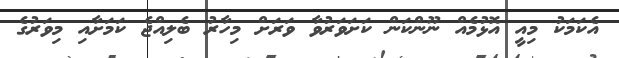
އެކަމަކު މިއީ އޮޅުމެއް ނޫންކަން ކަށަވަރުވާ ވަރަށް މިހާރު ބެލިއްޖެ ކަމަށާއި މިވަރުގެ